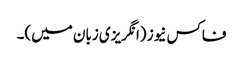
فاکس نیوز (انگریزی زبان میں)۔